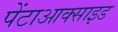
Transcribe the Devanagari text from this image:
पेंटाआक्साइड